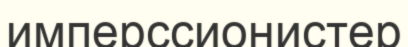
имперссионистер